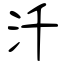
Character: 汘